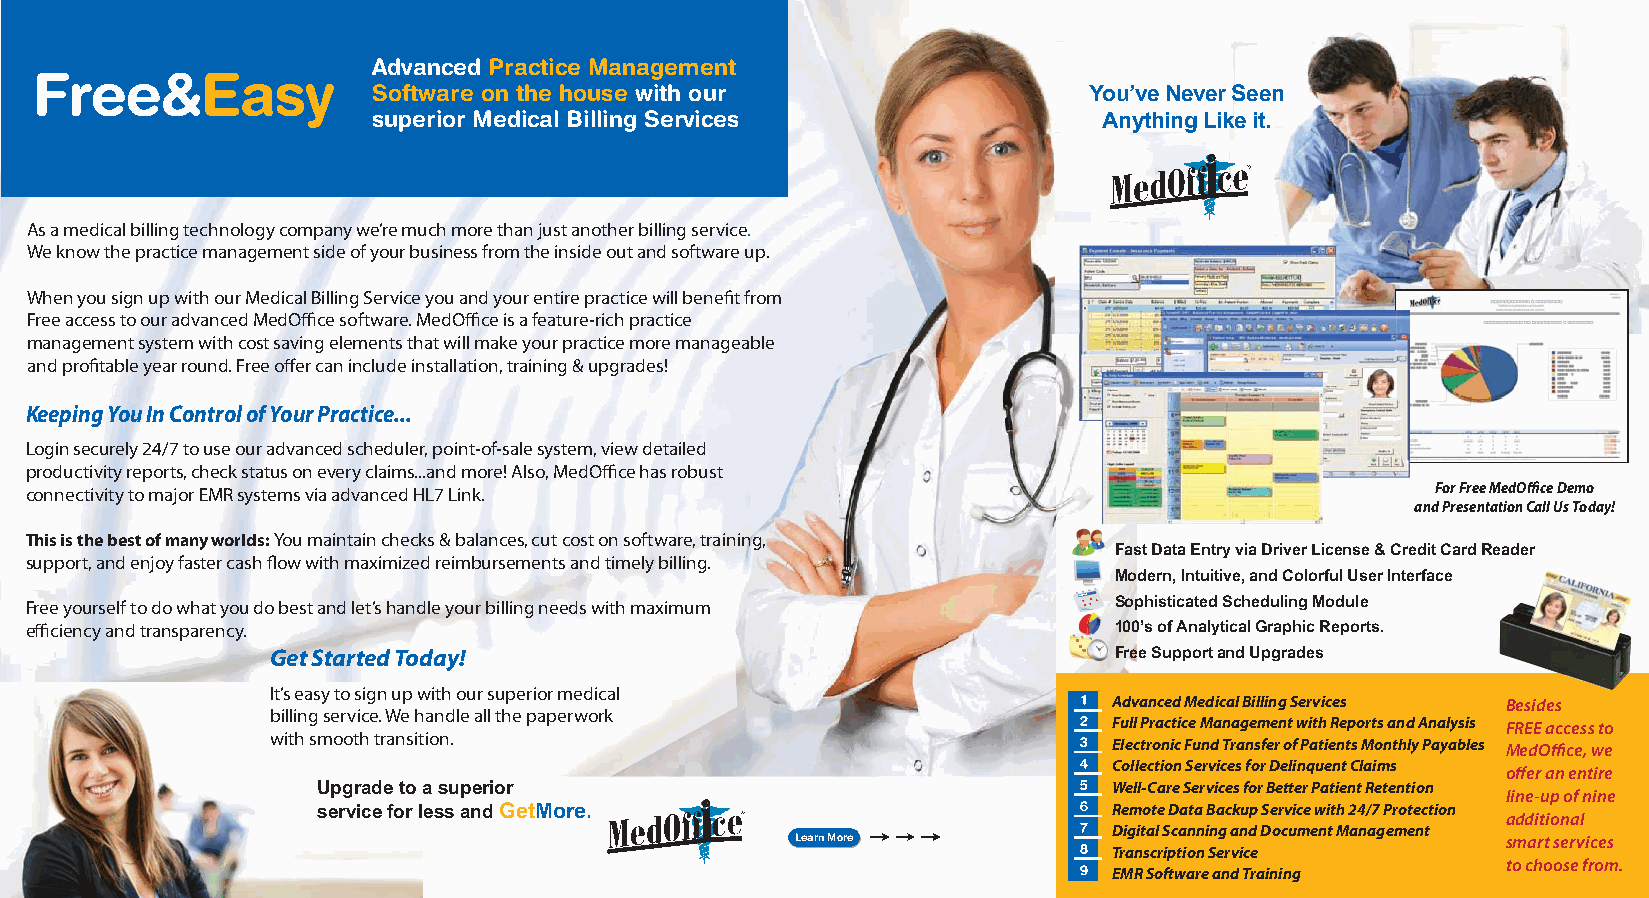
Advanced Practice Management
 Free&Easy
 Software on the house with our                 You’ve Never Seen
 superior Medical Billing Services               Anything Like it.
 As a medical billing technology company we’re much more than just another billing service.
 We know the practice management side of your business from the inside out and software up.
 When you sign up with our Medical Billing Service you and your entire practice will benefit from
 Free access to our advanced MedOffice software. MedOffice is a feature-rich practice
 management system with cost saving elements that will make your practice more manageable
 and profitable year round. Free offer can include installation, training & upgrades!
 Keeping You In Control of Your Practice...
 Login securely 24/7 to use our advanced scheduler, point-of-sale system, view detailed
 productivity reports, check status on every claims...and more! Also, MedOffice has robust
 connectivity to major EMR systems via advanced HL7 Link.                                     For Free MedOffice Demo
 and Presentation Call Us Today!
 This is the best of many worlds:You maintain checks & balances, cut cost on software, training,
 Fast Data Entry via Driver License & Credit Card Reader
 support, and enjoy faster cash flow with maximized reimbursements and timely billing.
 Modern, Intuitive, and Colorful User Interface
 Free yourself to do what you do best and let’s handle your billing needs with maximum Sophisticated Scheduling Module
 efficiency and transparency.                                            100’s of Analytical Graphic Reports.
 Get Started Today!                                      Free Support and Upgrades
 It’s easy to sign up with our superior medical
 Advanced Medical Billing Services Besides
 billing service. We handle all the paperwork
 Full Practice Management with Reports and Analysis FREE access to
 with smooth transition.
 Electronic Fund Transfer of Patients Monthly Payables MedOffice, we
 Collection Services for Delinquent Claims offer an entire
 Upgrade to a superior                                Well-Care Services for Better Patient Retention line-up of nine
 service for less and GetMore.                        Remote Data Backup Service with 24/7 Protection additional
 Digital Scanning and Document Management
 Learn More                                     smart services
 Transcription Service
 to choose from.
 EMR Software and Training